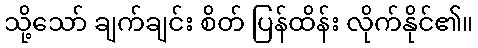
သို့သော် ချက်ချင်း စိတ် ပြန်ထိန်း လိုက်နိုင်၏။